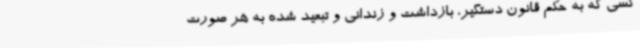
کسی که به حکم قانون دستگیر، بازداشت و زندانی و تبعید شده به هر صورت